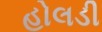
હોલડી